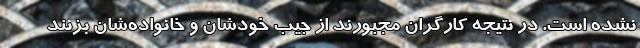
نشده است. در نتیجه کارگران مجبورند از جیب خودشان و خانواده‌شان بزنند